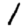
Digit: 1